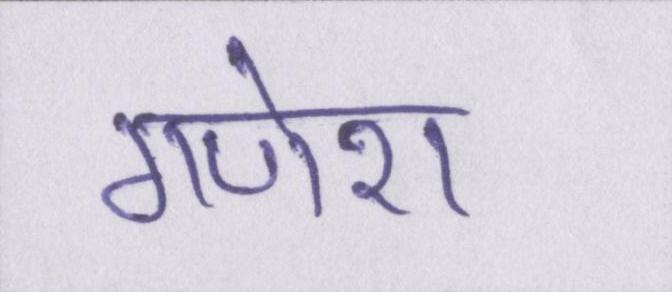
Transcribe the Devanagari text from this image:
गणेश